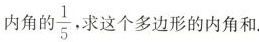
内角的\frac{1}{5}这个多边形的内角和.